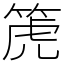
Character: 箎